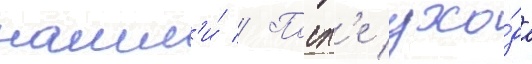
нашл'и́ // Посл'е ухо́да